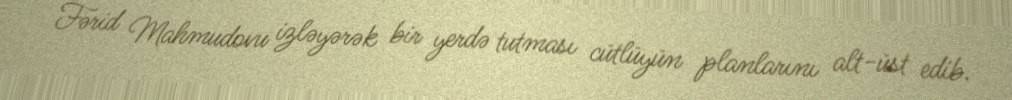
Fərid Mahmudovu izləyərək bir yerdə tutması cütlüyün planlarını alt-üst edib.